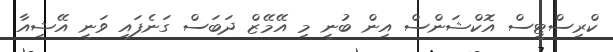
ކްރިސްޓީސް އޮކްޝަންސް އިިން ބުނީ މި އޭމޭޒް ދަބަސް ގަނެފައި ވަނީ އޭޝިއާ